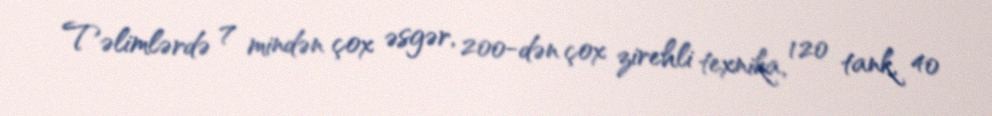
Təlimlərdə 7 mindən çox əsgər, 200-dən çox zirehli texnika, 120 tank, 40